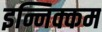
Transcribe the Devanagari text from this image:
इन्निक्कम